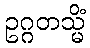
ဥဂ္ဂတသ္မိံ